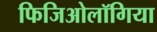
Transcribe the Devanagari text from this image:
फिजिओलॉगिया